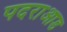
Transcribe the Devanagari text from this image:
पदराआड